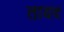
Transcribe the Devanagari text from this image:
तायद